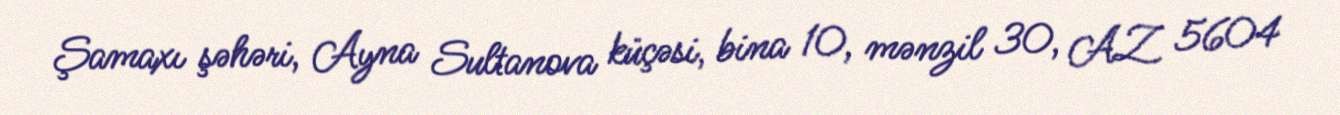
Şamaxı şəhəri, Ayna Sultanova küçəsi, bina 10, mənzil 30, AZ 5604